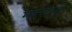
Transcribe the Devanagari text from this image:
महत्तव्पूर्ण